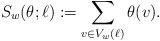
LaTeX: \begin{align*} S_w(\theta;\ell) := \sum_{v\in V_w(\ell)} \theta(v). \end{align*}